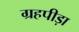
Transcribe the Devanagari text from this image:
ग्रहपीड़ा